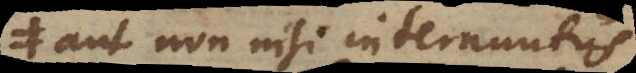
aut non nisi internuntiis